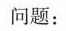
问题：